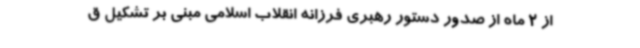
از 2 ماه از صدور دستور رهبری فرزانه انقلاب اسلامی مبنی بر تشکیل ق